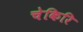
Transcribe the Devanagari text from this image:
चेकिरि